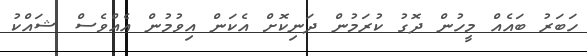
ހަބަރު ބައެއް މީހުން ދޮގު ކުރަމުން ދަނިކޮށް އެކަން އިވުމުން އެއްވެސް ޝައްކު